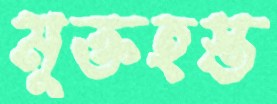
মুক্তহস্ত